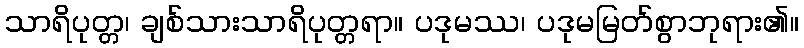
သာရိပုတ္တ၊ ချစ်သားသာရိပုတ္တရာ။ ပဒုမဿ၊ ပဒုမမြတ်စွာဘုရား၏။